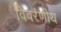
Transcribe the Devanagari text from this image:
विवरणीय